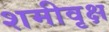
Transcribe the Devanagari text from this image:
शमीवृक्ष